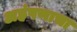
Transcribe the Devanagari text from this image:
अहंपणाचा